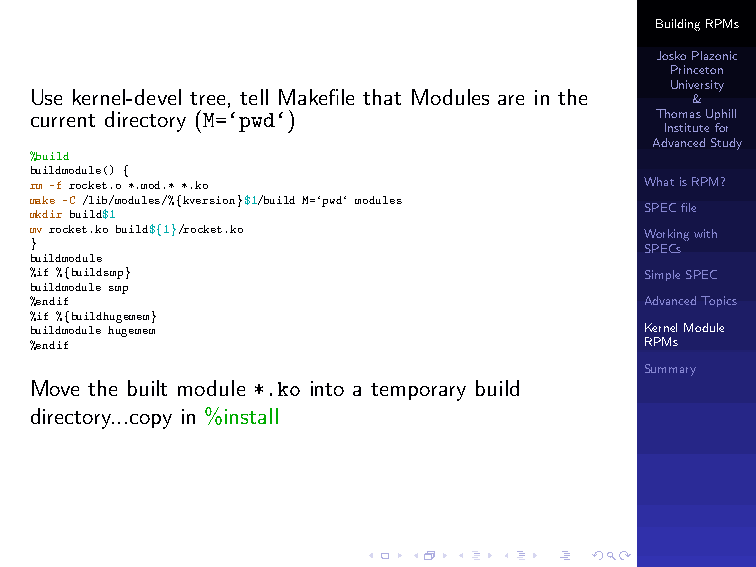
BuildingRPMs
 JoskoPlazonic
 Princeton
 University
 Use kernel-devel tree, tell Makefile that Modules are in the
 &
 current directory (M=‘pwd‘)              ThomasUphill
 Institutefor
 AdvancedStudy
 %build
 buildmodule() {
 rm -f rocket.o *.mod.* *.ko              WhatisRPM?
 make -C /lib/modules/%{kversion}$1/build M=‘pwd‘ modules
 SPECfile
 mkdir build$1
 mv rocket.ko build${1}/rocket.ko         Workingwith
 }                                        SPECs
 buildmodule
 %if %{buildsmp}                          SimpleSPEC
 buildmodule smp
 %endif                                   AdvancedTopics
 %if %{buildhugemem}
 buildmodule hugemem                      KernelModule
 %endif                                   RPMs
 Summary
 Move the built module *.ko into a temporary build
 directory...copy in %install